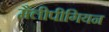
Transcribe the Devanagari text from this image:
मैलीपीगियन